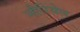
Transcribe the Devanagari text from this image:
नौरियेल